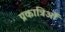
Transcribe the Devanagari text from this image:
प्रकात्रिओं